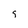
Character: 9